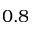
0 . 8